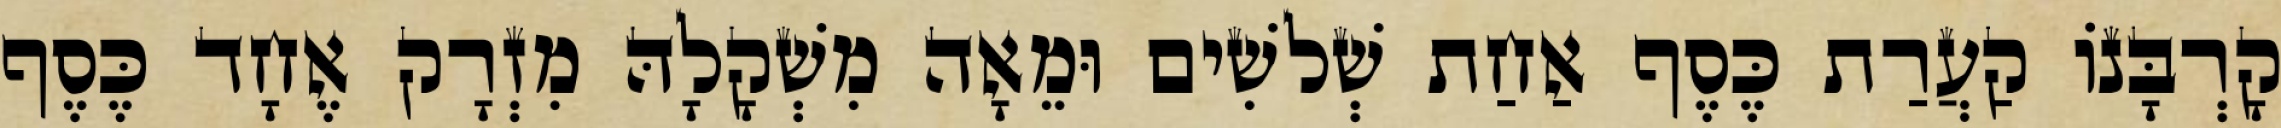
קָרְבָּנוֹ קַעֲרַת כֶּסֶף אַחַת שְׁלשִׁים וּמֵאָה מִשְׁקָלָהּ מִזְרָק אֶחָד כֶּסֶף